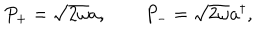
P _ { + } = \sqrt { 2 \omega } a , \qquad P _ { - } = \sqrt { 2 \omega } a ^ { \dagger } ,